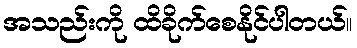
အသည်းကို ထိခိုက်စေနိုင်ပါတယ်။